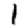
Digit: 1